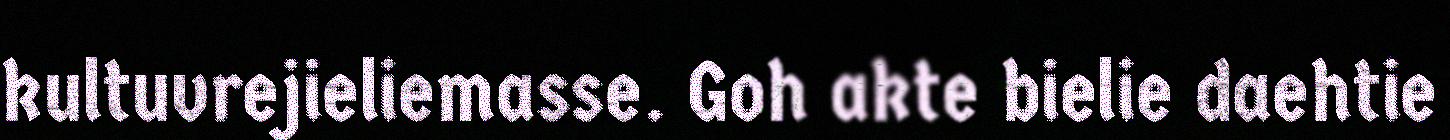
kultuvrejieliemasse. Goh akte bielie daehtie